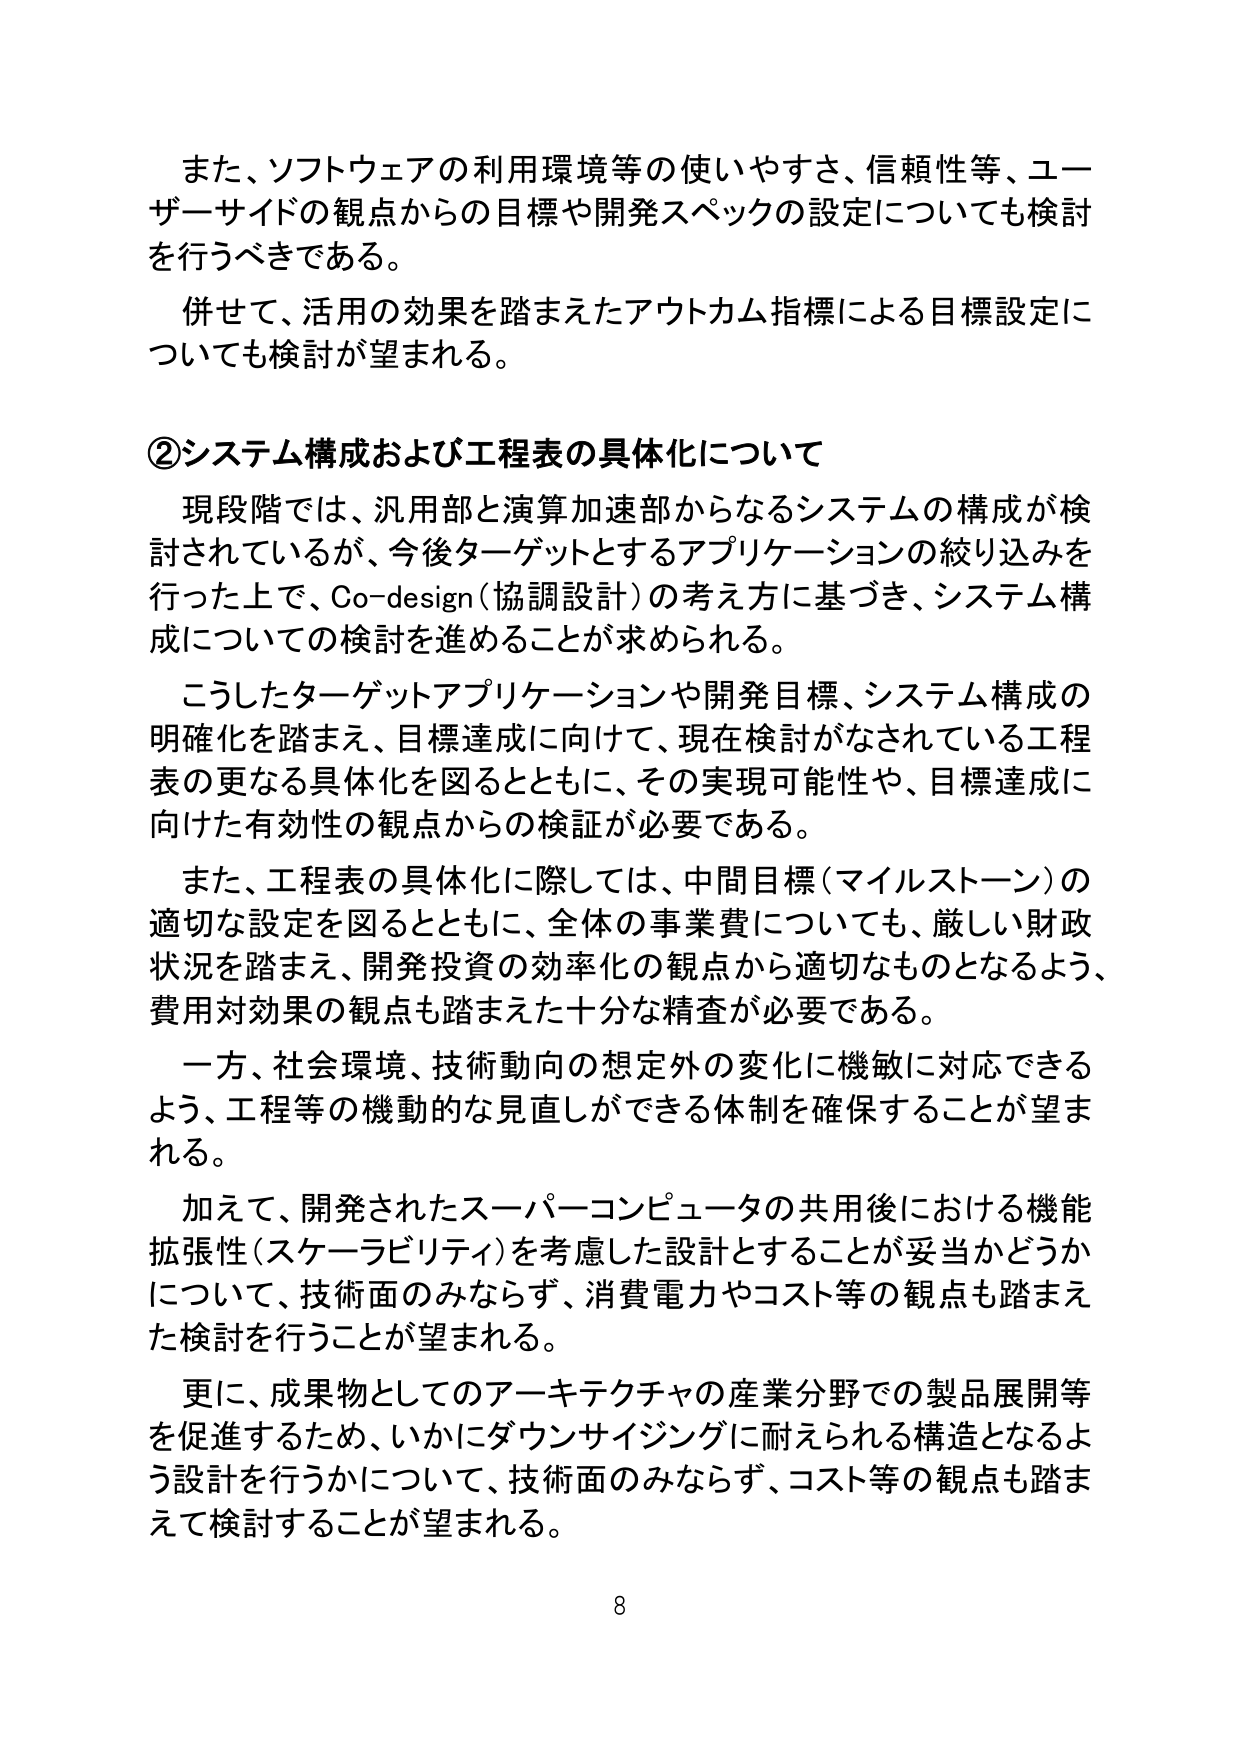
また、ソフトウェアの利用環境等の使いやすさ、信頼性等、ユーザーサイドの観点からの目標や開発スペックの設定についても検討を行うべきである。

併せて、活用の効果を踏まえたアウトカム指標による目標設定についても検討が望まれる。

②システム構成および工程表の具体化について

現段階では、汎用部と演算加速部からなるシステムの構成が検討されているが、今後ターゲットとするアプリケーションの絞り込みを行った上で、Co-design（協調設計）の考え方に基づき、システム構成についての検討を進めることが求められる。

こうしたターゲットアプリケーションや開発目標、システム構成の明確化を踏まえ、目標達成に向けて、現在検討がなされている工程表の更なる具体化を図るとともに、その実現可能性や、目標達成に向けた有効性の観点からの検証が必要である。

また、工程表の具体化に際しては、中間目標（マイルストーン）の適切な設定を図るとともに、全体の事業費についても、厳しい財政状況を踏まえ、開発投資の効率化の観点から適切なものとなるよう、費用対効果の観点も踏まえた十分な精査が必要である。

一方、社会環境、技術動向の想定外の変化に機敏に対応できるよう、工程等の機動的な見直しができる体制を確保することが望まれる。

加えて、開発されたスーパーコンピュータの共用後における機能拡張性（スケーラビリティ）を考慮した設計とすることが妥当かどうかについて、技術面のみならず、消費電力やコスト等の観点も踏まえた検討を行うことが望まれる。

更に、成果物としてのアーキテクチャの産業分野での製品展開等を促進するため、いかにダウンサイジングに耐えられる構造となるよう設計を行うかについて、技術面のみならず、コスト等の観点も踏まえて検討することが望まれる。

8